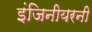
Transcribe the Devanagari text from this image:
इंजिनीयरनी